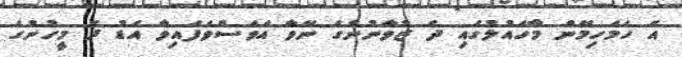
އެ ހަމަހިމޭން މާހައުލުގައި ދެ ޒުވާނުންގެ ނޭވާ އަވަސްވެފައިވާ އަޑު ދެ މީހުންގެ